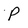
Character: P